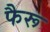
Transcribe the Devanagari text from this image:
फैरू